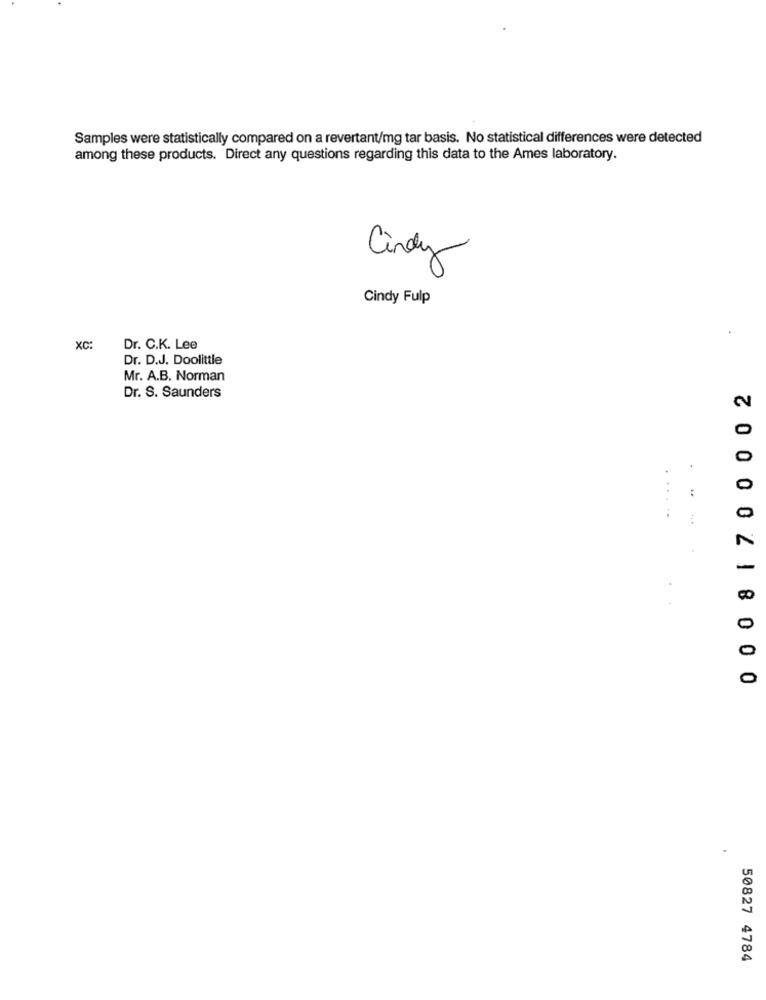
Samples were statistically compared on a revertant/mg tar basis. No statistical differences were detected
among these products. Direct any questions regarding this data to the Ames laboratory.
Cindy
Cindy Fulp
XC:
Dr. C.K. Lee
Dr. D.J. Doolittle
Mr. A.B. Norman
Dr. S. Saunders
0 0 08 1 7 00 0 02
......
0
......
-
0
0
0
50827 4784